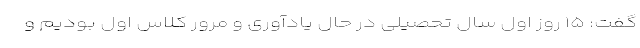
گفت: ۱۵ روز اول سال تحصیلی در حال یادآوری و مرور کلاس اول بودیم و